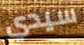
سيدي